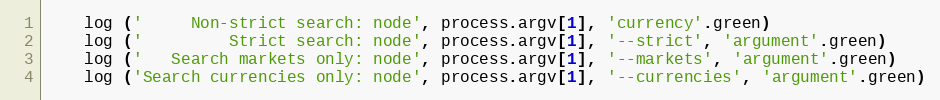
Language: JavaScript
    log ('     Non-strict search: node', process.argv[1], 'currency'.green)
    log ('         Strict search: node', process.argv[1], '--strict', 'argument'.green)
    log ('   Search markets only: node', process.argv[1], '--markets', 'argument'.green)
    log ('Search currencies only: node', process.argv[1], '--currencies', 'argument'.green)